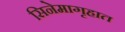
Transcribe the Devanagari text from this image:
सिनेमागृहात